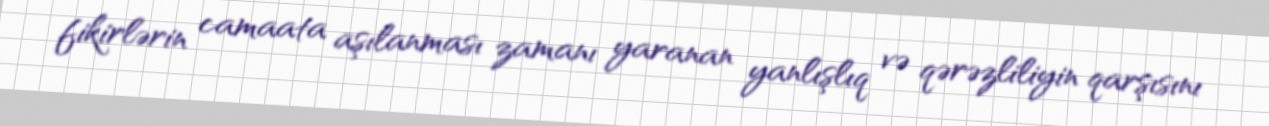
fikirlərin camaata aşılanması zamanı yaranan yanlışlıq və qərəzliliyin qarşısını